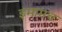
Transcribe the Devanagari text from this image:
इमामच